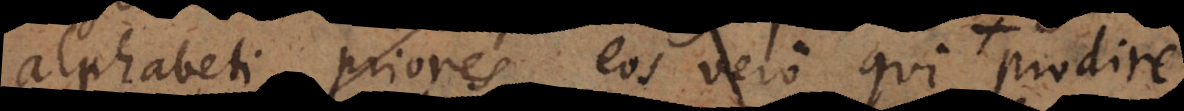
alphabeti priores, eos vero qui illis